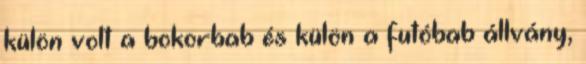
külön volt a bokorbab és külön a futóbab állvány,